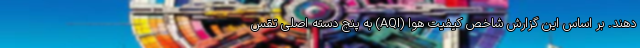
دهند. بر اساس این گزارش شاخص کیفیت هوا (AQI) به پنج دسته اصلی تقس